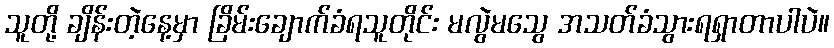
သူတို့ ချိန်းတဲ့နေ့မှာ ခြိမ်းချောက်ခံရသူတိုင်း မလွဲမသွေ အသတ်ခံသွားရရှာတာပါပဲ။